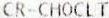
CR-CHOCLT